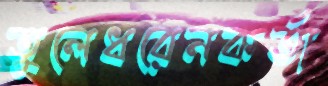
তুলেধরেনকর্তা